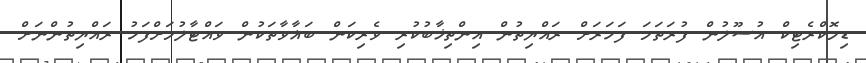
ޑިމޮކްރެޓިކް އުސޫލުން ފުރަތަމަ ފަހަރަށް ރައްޔިތުން އިންތިޚާބުކުރި ވެރިކަން ބަޣާވާތަކުން ވައްޓާލުމަށްފަހު ރައްޔިތުންނަށް